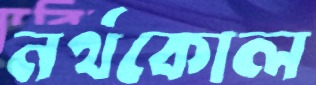
নর্থকোল